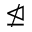
\ntrianglelefteq